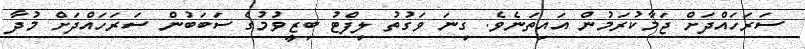
ސަރަހައްދަށް ޖަމާކުރަމުން އައިތަނެވެ. ގިނަ ވަގުތު ލިފްޓު ބިޒީވުމުގެ ސަބަބުން ސަރަހައްދަށް މުދާ